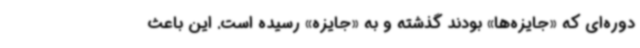
دوره‌ای که «جایزه‌ها» بودند گذشته و به «جایزه» رسیده است. این باعث